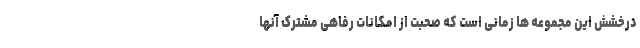
درخشش این مجموعه ها زمانی است که صحبت از امکانات رفاهی مشترک آنها